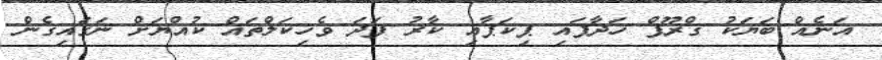
އަނެއް ބަޔަކު ގްރޫޕް ހަދާފައި ޕިކަޕާއި ކާރު ފަދަ ވެހިކަލްތައް ކުއްޔަށް ނަގައިގެން